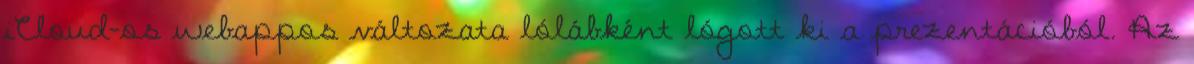
iCloud-os webappos változata lólábként lógott ki a prezentációból. Az